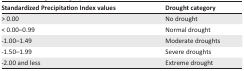
<table><thead><tr><td><b>Standardized Precipitation Index values</b></td><td><b>Drought category</b></td></tr></thead><tbody><tr><td>&gt; 0.00</td><td>No drought</td></tr><tr><td>&lt; 0.00–0.99</td><td>Normal drought</td></tr><tr><td>−1.00–1.49</td><td>Moderate droughts</td></tr><tr><td>−1.50–1.99</td><td>Severe droughts</td></tr><tr><td>−2.00 and less</td><td>Extreme drought</td></tr></tbody></table>